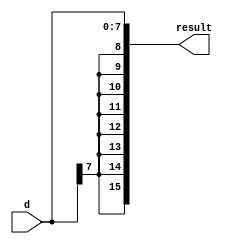

module sign_extension(d, result);
    input [7:0] d;
    output  [15:0] result;
    

    
    assign result = { {8{d[7]}}, d };
    

endmodule